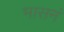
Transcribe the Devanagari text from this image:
भासनं